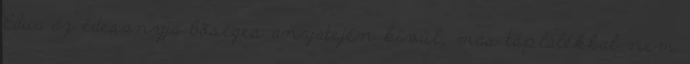
Edua az édesanyja bõséges anyatején kívül, más táplálékkal nem